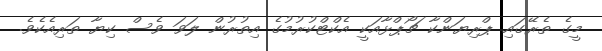
މީގެ ތެރޭގައި ޕްރިޔަންކާ ޗޯޕްޅާއަކީ އެކްޓްކުރުމުގެ އިތުރުން ލަވަ ވެސް ކިޔާ ތަރިއެކެވެ.